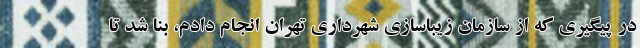
در پیگیری که از سازمان زیباسازی شهرداری تهران انجام دادم، بنا شد تا